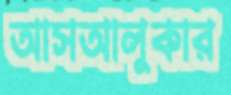
আসআলুকার